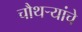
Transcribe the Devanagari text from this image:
चौथर्‍यांचे